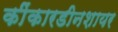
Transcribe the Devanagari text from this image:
कींकारडीनशायर